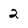
Character: 2